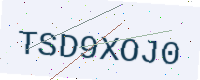
Text: TSD9XOJ0